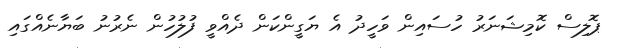
ޕޮލިސް ކޮމިޝަނަރު ހުސައިން ވަހީދު އެެެެެެެެެ ޔަގީންކަން ދެއްވީ ފުލުހުން ނެރުނު ބަޔާނެއްގައި